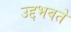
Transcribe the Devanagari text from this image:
उद्दभवते